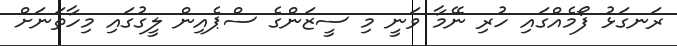
ރަނގަޅު ފޯމެއްގައި ހުރި ނޭމާ ވަނީ މި ސީޒަންގެ ސްޕެއިން ލީގުގައި މިހާތަނަށް